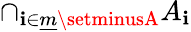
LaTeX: \cap_{\mathbf{i}\in{\underline{{{m}}}}\setminusA}A_{\mathbf{i}}